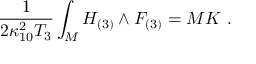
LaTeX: { \frac { 1 } { 2 \kappa _ { 1 0 } ^ { 2 } T _ { 3 } } } \int _ { \cal M } H _ { ( 3 ) } \wedge F _ { ( 3 ) } = M K \ .